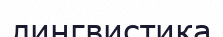
лингвистика